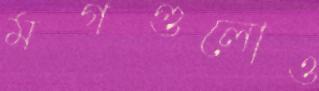
মগগুলোও